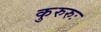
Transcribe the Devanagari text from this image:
कुरुरुः